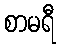
စာမရီ